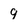
Character: 9